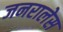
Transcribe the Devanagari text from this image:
जनरालेस